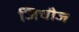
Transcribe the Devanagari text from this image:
जिचीज